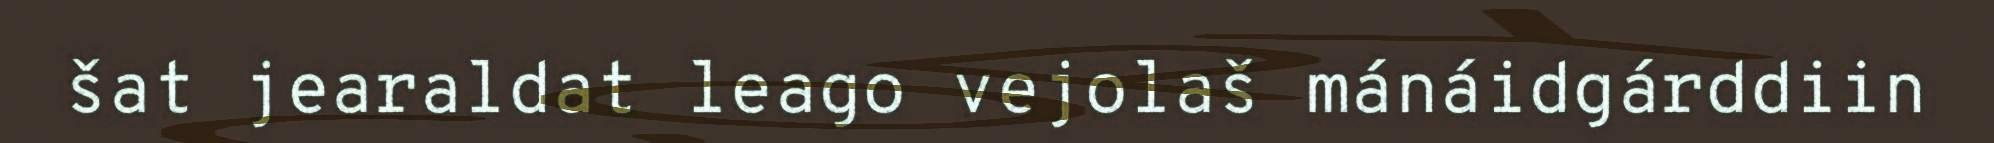
šat jearaldat leago vejolaš mánáidgárddiin